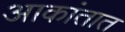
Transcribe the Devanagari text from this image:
आकांतात